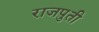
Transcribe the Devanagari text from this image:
राजपुती